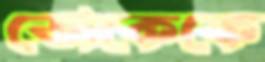
ডোকেকে